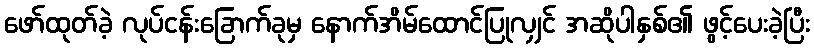
ဖော်ထုတ်ခဲ့ လုပ်ငန်းခြောက်ခုမှ နောက်အိမ်ထောင်ပြုလျှင် အဆိုပါနှစ်၏ ဖွင့်ပေးခဲ့ပြီး